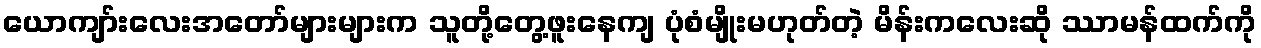
ယောကျာ်းလေးအတော်များများက သူတို့တွေ့ဖူးနေကျ ပုံစံမျိုးမဟုတ်တဲ့ မိန်းကလေးဆို ဿာမန်ထက်ကို